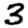
Digit: 3